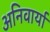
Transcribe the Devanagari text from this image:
अनिवार्या